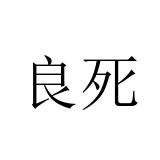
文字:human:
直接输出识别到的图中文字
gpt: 良死